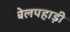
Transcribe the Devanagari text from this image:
बेलपहाड़ी